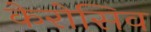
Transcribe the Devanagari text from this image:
केरोसिव